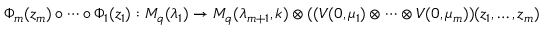
\Phi _ { m } ( z _ { m } ) \circ \cdots \circ \Phi _ { 1 } ( z _ { 1 } ) : M _ { q } ( \lambda _ { 1 } ) \rightarrow M _ { q } ( \lambda _ { m + 1 } , k ) \otimes ( ( V ( 0 , \mu _ { 1 } ) \otimes \cdots \otimes V ( 0 , \mu _ { m } ) ) ( z _ { 1 } , \ldots , z _ { m } )